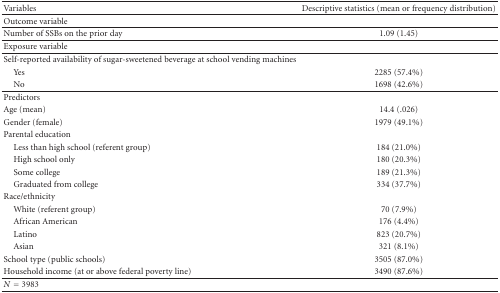
| Variables | Descriptive statistics (mean or frequency distribution) |
 | --- | --- |
 | Outcome variable |  |
 | Number of SSBs on the prior day | 1.09 (1.45) |
 | Exposure variable |  |
 | Self-reported availability of sugar-sweetened beverage at school vending machines |  |
 | Yes | 2285 (57.4%) |
 | No | 1698 (42.6%) |
 | Predictors |  |
 | Age (mean) | 14.4 (.026) |
 | Gender (female) | 1979 (49.1%) |
 | Parental education |  |
 | Less than high school (referent group) | 184 (21.0%) |
 | High school only | 180 (20.3%) |
 | Some college | 189 (21.3%) |
 | Graduated from college | 334 (37.7%) |
 | Race/ethnicity |  |
 | White (referent group) | 70 (7.9%) |
 | African American | 176 (4.4%) |
 | Latino | 823 (20.7%) |
 | Asian | 321 (8.1%) |
 | School type (public schools) | 3505 (87.0%) |
 | Household income (at or above federal poverty line) | 3490 (87.6%) |
 | N = 3983 |  |